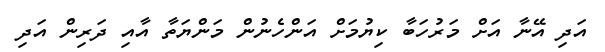
އަދި އޭނާ އަށް މަރުހަބާ ކިޔުމަށް އަންހެނުން މަންޔަތާ އާއި ދަރިން އަދި